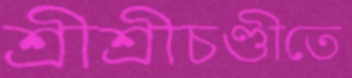
শ্রীশ্রীচণ্ডীতে